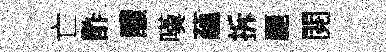
亡酢醲嘆藴拆麗閱